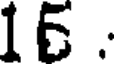
16 .